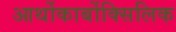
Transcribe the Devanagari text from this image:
आर्थोकार्बोक्सिलिक